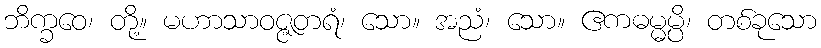
ဘိက္ခဝေ၊ တို့။ မဟာသာဝဇ္ဇတရံ၊ သော။ အညံ၊ သော။ ဧကဓမ္မမ္ပိ၊ တစ်ခုသော